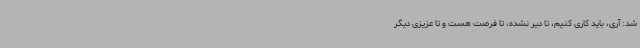
شد: آری، باید کاری کنیم، تا دیر نشده، تا فرصت هست و تا عزیزی دیگر